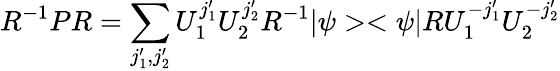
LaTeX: R^{-1}PR=\sum_{j_{1}^{\prime},j_{2}^{\prime}}U_{1}^{j_{1}^{\prime}}U_{2}^{j_{2}^{\prime}}R^{-1}|\psi><\psi|RU_{1}^{-j_{1}^{\prime}}U_{2}^{-j_{2}^{\prime}}